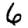
Digit: 6